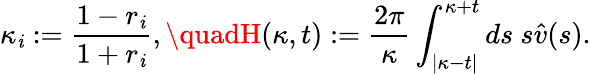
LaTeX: \kappa_{\mathit{i}}:=\frac{{1-r_{\mathit{i}}}}{{1+r_{\mathit{i}}}},\quadH(\kappa,t):=\frac{{2\pi}}{\kappa}\int_{|\kappa-t|}^{\kappa+t}ds\ s\hat{{v}}(s).